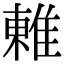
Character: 𨿢